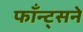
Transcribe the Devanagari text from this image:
फाँन्ट्‌सने